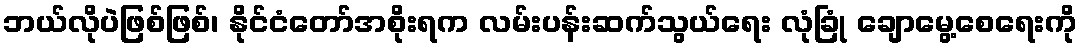
ဘယ်လိုပဲဖြစ်ဖြစ်၊ နိုင်ငံတော်အစိုးရက လမ်းပန်းဆက်သွယ်ရေး လုံခြုံ ချောမွေ့စေရေးကို